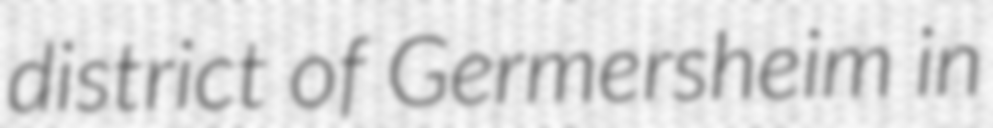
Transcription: district of Germersheim in